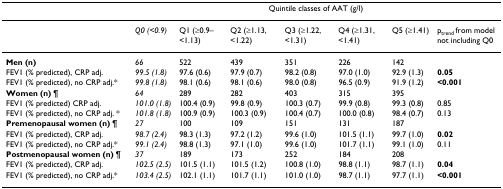
<table><thead><tr><td></td><td colspan="7"><b>Quintile classes of AAT (g/l)</b></td></tr></thead><tbody><tr><td></td><td><i>Q0 (&lt;0.9)</i></td><td>Q1 (≥0.9–&lt;1.13)</td><td>Q2 (≥1.13, &lt;1.22)</td><td>Q3 (≥1.22, &lt;1.31)</td><td>Q4 (≥1.31, &lt;1.41)</td><td>Q5 (≥1.41)</td><td>p<sub>trend </sub>from model not including Q0</td></tr><tr><td><b>Men (n)</b></td><td><i>66</i></td><td>522</td><td>439</td><td>351</td><td>226</td><td>142</td><td></td></tr><tr><td>FEV1 (% predicted), CRP adj.</td><td><i>99.5 (1.8)</i></td><td>97.6 (0.6)</td><td>97.9 (0.7)</td><td>98.2 (0.8)</td><td>97.0 (1.0)</td><td>92.9 (1.3)</td><td><b>0.05</b></td></tr><tr><td>FEV1 (% predicted), no CRP adj.*</td><td><i>99.8 (1.8)</i></td><td>98.1 (0.6)</td><td>98.1 (0.6)</td><td>98.0 (0.8)</td><td>96.5 (0.9)</td><td>91.9 (1.2)</td><td><b>&lt;0.001</b></td></tr><tr><td><b>Women (n) </b>¶</td><td><i>64</i></td><td>289</td><td>282</td><td>403</td><td>315</td><td>395</td><td></td></tr><tr><td>FEV1 (% predicted) CRP adj.</td><td><i>101.0 (1.8)</i></td><td>100.4 (0.9)</td><td>99.8 (0.9)</td><td>100.3 (0.7)</td><td>99.9 (0.8)</td><td>99.3 (0.8)</td><td>0.85</td></tr><tr><td>FEV1 (% predicted), no CRP adj. *</td><td><i>101.8 (1.8)</i></td><td>100.9 (0.9)</td><td>100.3 (0.9)</td><td>100.4 (0.7)</td><td>100.0 (0.8)</td><td>98.4 (0.7)</td><td>0.13</td></tr><tr><td><b>Premenopausal women (n) </b>¶</td><td><i>27</i></td><td>100</td><td>109</td><td>151</td><td>131</td><td>187</td><td></td></tr><tr><td>FEV1 (% predicted), CRP adj.</td><td><i>98.7 (2.4)</i></td><td>98.3 (1.3)</td><td>97.2 (1.2)</td><td>99.6 (1.0)</td><td>101.5 (1.1)</td><td>99.7 (1.0)</td><td><b>0.02</b></td></tr><tr><td>FEV1 (% predicted), no CRP adj.*</td><td><i>99.1 (2.4)</i></td><td>98.8 (1.3)</td><td>97.1 (1.0)</td><td>99.6 (1.0)</td><td>101.7 (1.1)</td><td>99.1 (1.0)</td><td>0.11</td></tr><tr><td><b>Postmenopausal women (n) </b>¶</td><td><i>37</i></td><td>189</td><td>173</td><td>252</td><td>184</td><td>208</td><td></td></tr><tr><td>FEV1 (% predicted), CRP adj.</td><td><i>102.5 (2.5)</i></td><td>101.5 (1.1)</td><td>101.5 (1.2)</td><td>100.8 (1.0)</td><td>98.8 (1.1)</td><td>98.7 (1.1)</td><td><b>0.04</b></td></tr><tr><td>FEV1 (% predicted), no CRP adj.*</td><td><i>103.4 (2.5)</i></td><td>102.1 (1.1)</td><td>101.7 (1.1)</td><td>101.0 (1.0)</td><td>98.7 (1.1)</td><td>97.7 (1.1)</td><td><b>&lt;0.001</b></td></tr></tbody></table>